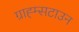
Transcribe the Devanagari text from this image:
ग्राह्म्सटाउन